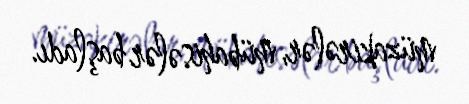
müzakirələr, mübahisələr başladı.